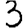
Digit: 3